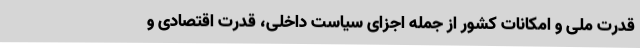
قدرت ملی و امکانات کشور از جمله اجزای سیاست داخلی، قدرت اقتصادی و